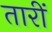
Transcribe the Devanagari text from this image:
तारीं